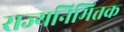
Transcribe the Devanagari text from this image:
राज्यनिमित्तक